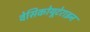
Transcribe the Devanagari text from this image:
वेसिकोयूटेराइन